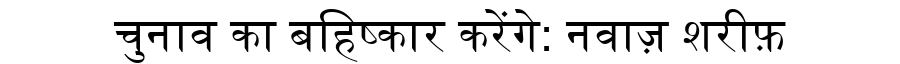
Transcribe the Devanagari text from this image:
चुनाव का बहिष्कार करेंगे: नवाज़ शरीफ़